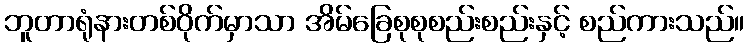
ဘူတာရုံနားတစ်ဝိုက်မှာသာ အိမ်ခြေစုစုစည်းစည်းနှင့် စည်ကားသည်။